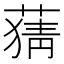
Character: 𦹤